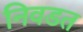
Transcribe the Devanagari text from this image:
निवडत